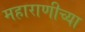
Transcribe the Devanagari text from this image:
महाराणीच्या